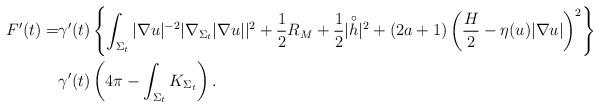
LaTeX: \begin{align*}F'(t)=&\gamma'(t) \left\{ \int_{\Sigma_t} |\nabla u|^{-2}|\nabla_{\Sigma_t} |\nabla u||^2 + \frac{1}{2}R_{M} +\frac12 |\overset{\circ}{h}|^2 + (2 a + 1) \left( \frac{H}{2} - \eta(u) |\nabla u| \right)^2 \right\}\\&\gamma'(t)\left(4\pi-\int_{\Sigma_t} K_{\Sigma_t}\right).\end{align*}